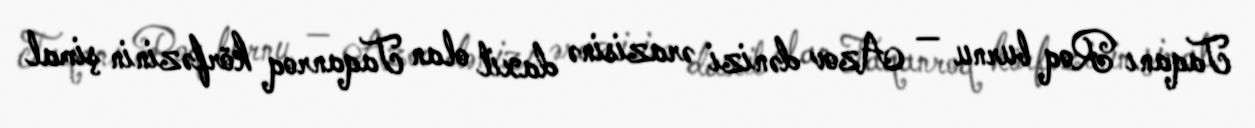
Taqanı Roq burnu — Azov dənizi ərazisinə daxil olan Taqanroq körfəzinin şimal